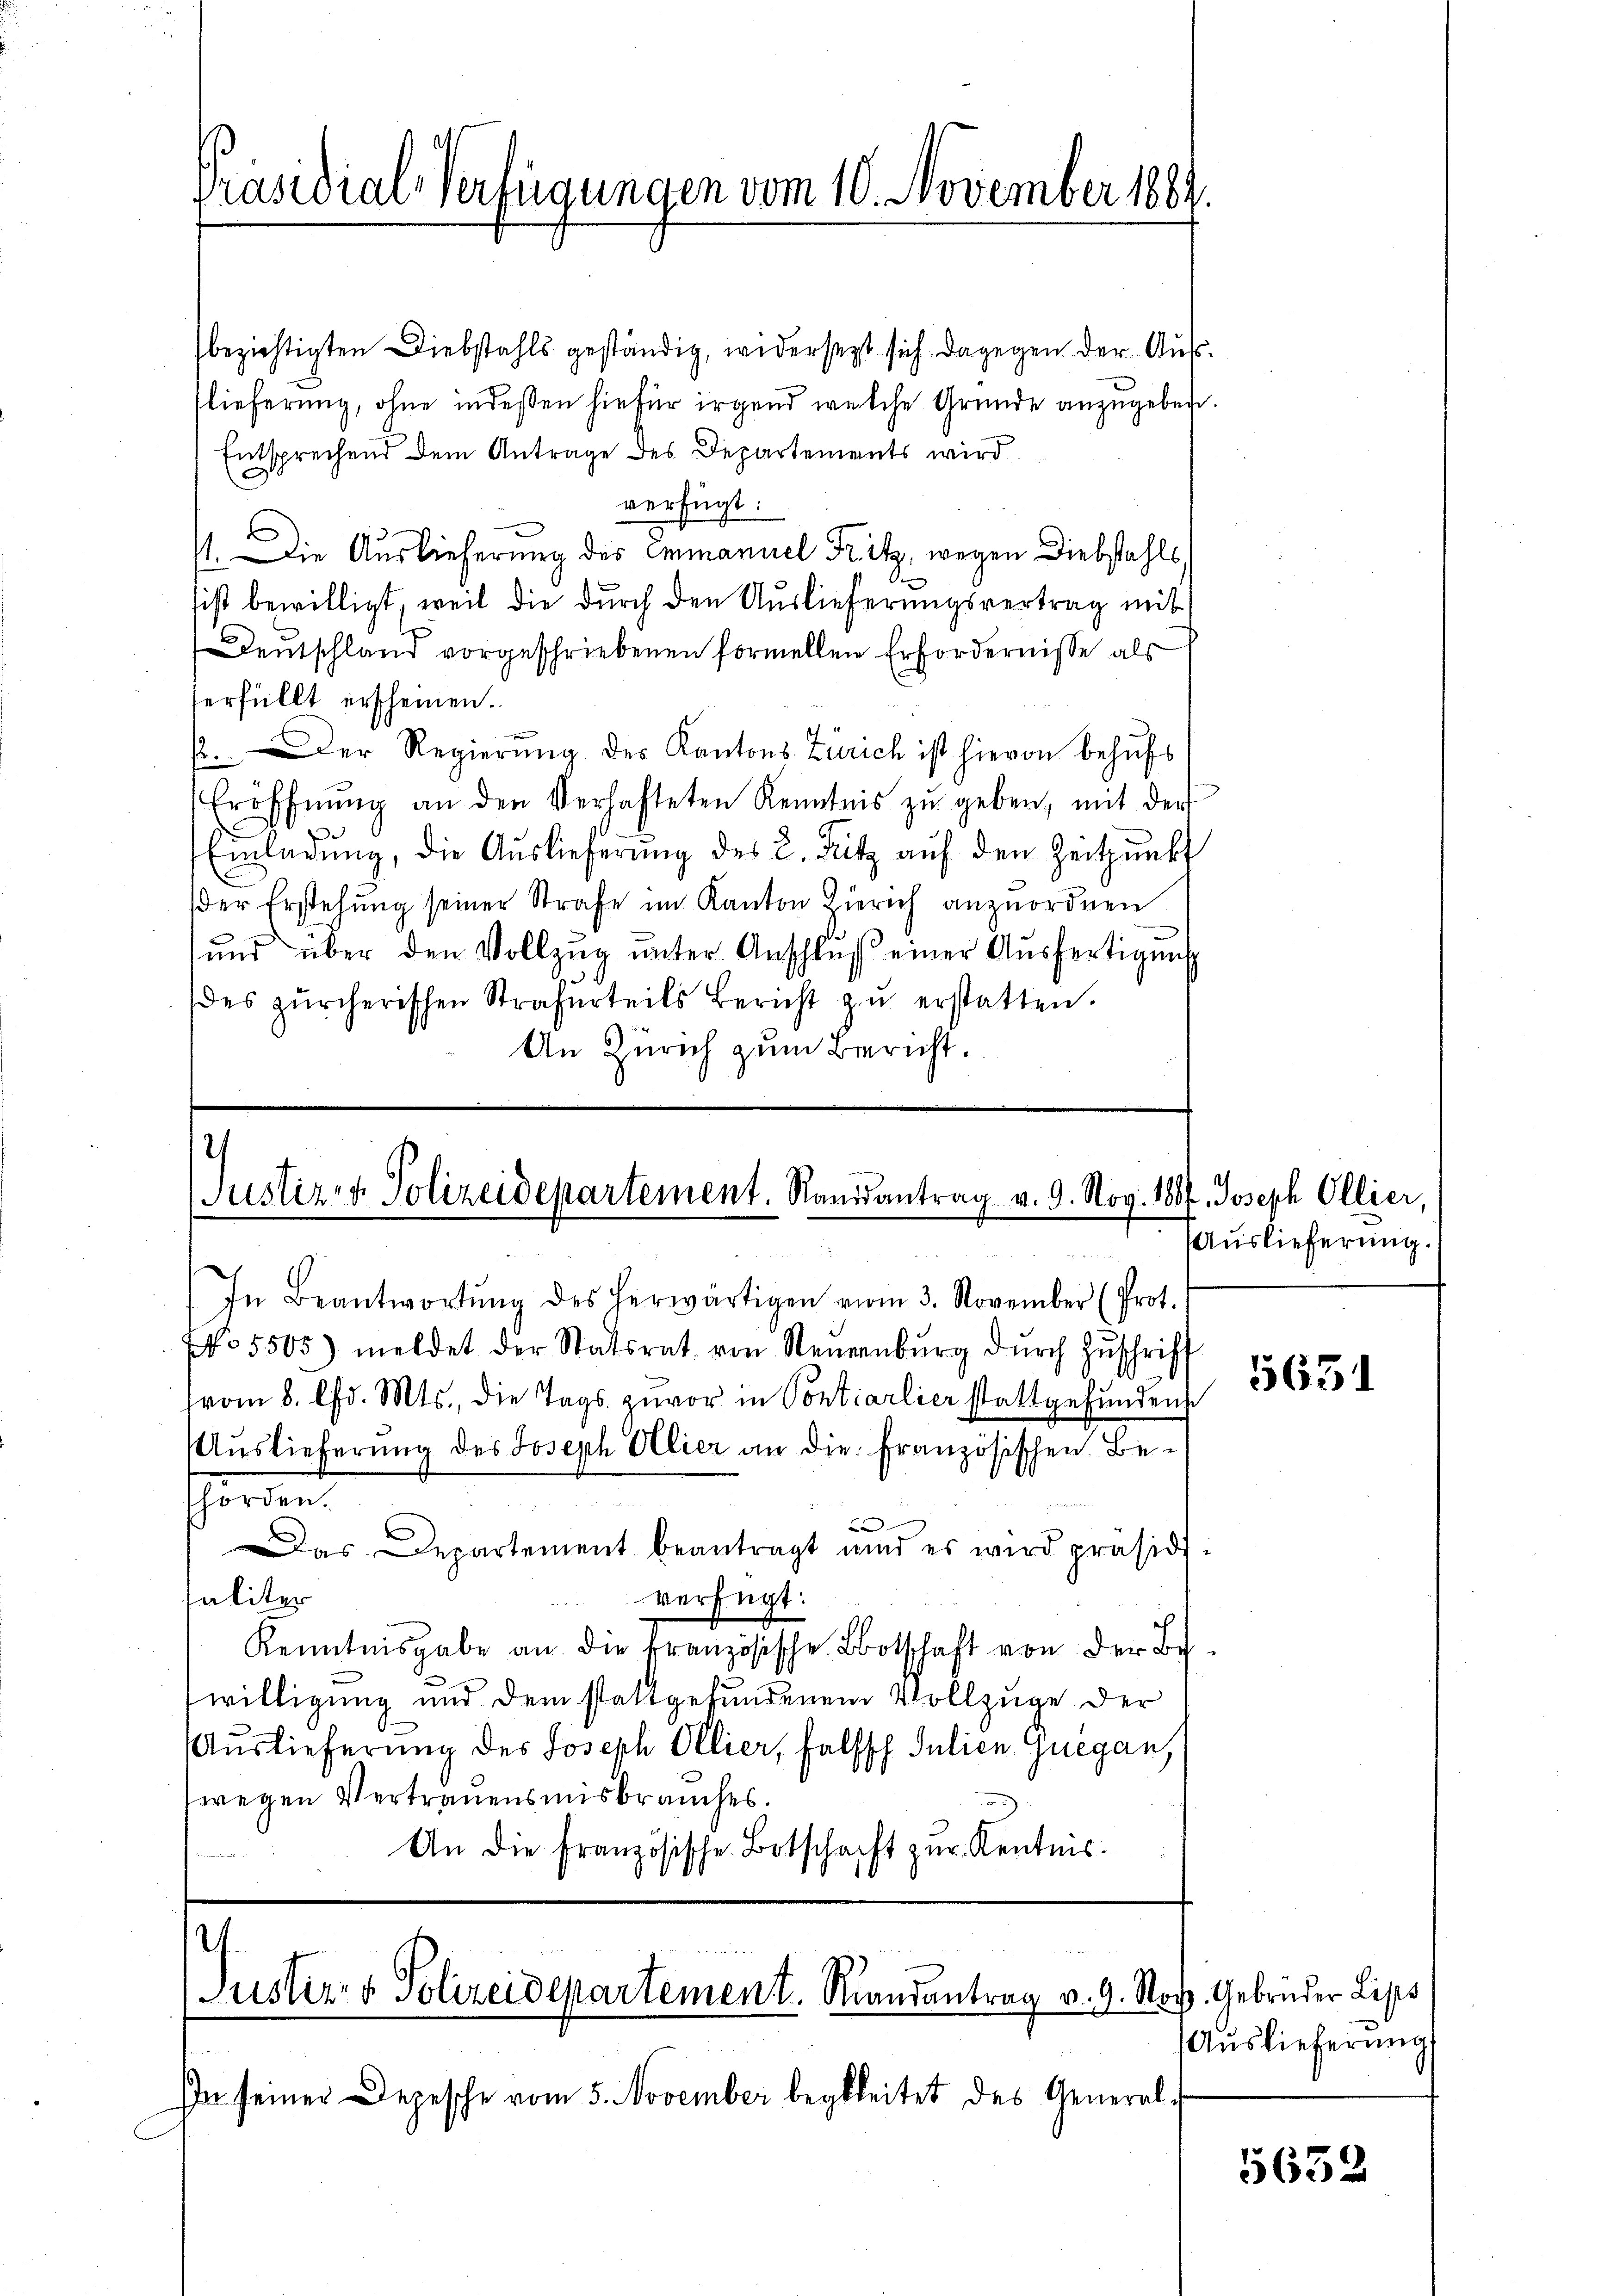
Präsidial-Verfügungen vom 10. November 1884.

beziehtigten Diebstahls geständig, widersezt sich dagegen der Ausflieferung, ohne indessen hiefür irgend welche Gründe anzugeben.
Entsprechend dem Antrage des Departements wird
verfügt:
1. Die Auslieferung des Emmanuel Fritz, wegen Diebstahls,
sist bewilligt, weil die durch den Auslieferungsvertrag mit
Deutschland vorgeschriebenen formellen Erfordernisse als
erfüllt erscheinen.
.Der Regierŭng des Kantons Zürich ist hievon behŭfs
Eröffnŭng an den Verhafteten Kenntnis zŭ geben, mit der
Einladung, die Auslieferung des 2. Fritz auf den Zeitpunkt
der Erstehung seiner Strafe im Kanton Zürich anzuordnen
ŭnd über den Vollzŭg ŭnter Anschlŭβ einer Aŭsfertigung
(des zürcherischen Strafurteils Bericht zŭ erstatten.
An Zürich zum Bericht.

2
Justiz & Polizeidepartement. Randantrag v. 9. Nov. 1807. Joseph Ollier,

.
Justiz- & Polizeidepartement. Randantrag v. 9. Nov. Gebrüder Lips

In Beantwortŭng des herwärtigen vom 3. November (Prot.
No 5505) meldet der Statsrat von Neuenburg dŭrch Zŭschrift
vom 8. Chr. Mts., die Tags zuvor in Pontiarlier stattgefunden
Auslieferung des Joseph Allier an die französischen Be-
horden.
2
Das Departement beantragt und es wird präsidi-
saliter
verfügt:
Kenntnisgabe an die Französische Botschaft von der Bewilligung und dem stattgefundenem Vollzuge der
Auslieferung des Joseph Ollier, falsch Julien Guegan,
wegen Vertrauensmisbrauches.
An die Französische Botschaft zŭr Kenntnis.
2

Auslieferung.

In seiner Depesche vom 5. November begleitet des General¬

5631

Auslieferung

1652